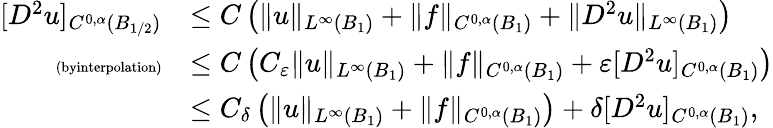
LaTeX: \begin{array}{rl}{[D^{2}u]_{C^{0,\alpha}(B_{1/2})}}&{\le C\left(\| u\| _{L^{\infty}(B_{1})}+\| f\| _{C^{0,\alpha}(B_{1})}+\| D^{2}u\| _{L^{\infty}(B_{1})}\right)}\\ {\textrm{\tiny(byinterpolation)}}&{\le C\left(C_{\varepsilon}\| u\| _{L^{\infty}(B_{1})}+\| f\| _{C^{0,\alpha}(B_{1})}+\varepsilon[D^{2}u]_{C^{0,\alpha}(B_{1})}\right)}\\ &{\le C_{\delta}\left(\| u\| _{L^{\infty}(B_{1})}+\| f\| _{C^{0,\alpha}(B_{1})}\right)+\delta[D^{2}u]_{C^{0,\alpha}(B_{1})},}\end{array}